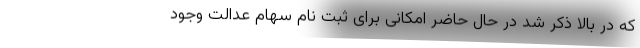
که در بالا ذکر شد در حال حاضر امکانی برای ثبت نام سهام عدالت وجود